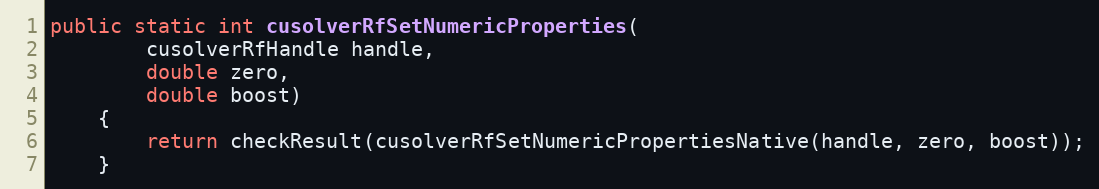
Language: Java
public static int cusolverRfSetNumericProperties(
        cusolverRfHandle handle,
        double zero,
        double boost)
    {
        return checkResult(cusolverRfSetNumericPropertiesNative(handle, zero, boost));
    }